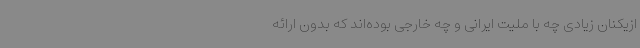
ازیکنان زیادی چه با ملیت ایرانی و چه خارجی بوده‌اند که بدون ارائه